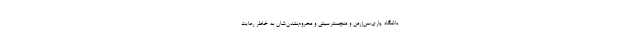
‌باشگاه پاری‌سن‌ژرمن و منچسترسیتی و محروم‌نشدن‌شان به‌ خاطر رعایت